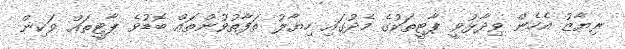
ރިޔާޒު އެހެން ވިދާޅުވީ ޕާޓީތަކުގެ މެދުގައި ހިޔާލު ތަފާތުވުންތައް ބޮޑުވެ ޕާޓީތައް ވަކިން